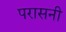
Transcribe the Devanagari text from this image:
परासनी